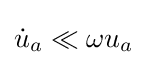
{\dot {u}}_{a}\ll \omega u_{a}